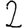
Digit: 2